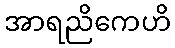
အာရညိကေဟိ